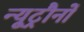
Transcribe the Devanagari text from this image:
न्यूट्रौनों